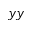
y y